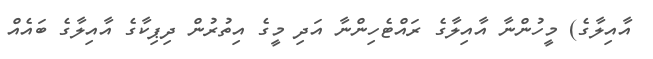
އާއިލާގެ) މީހުންނާ އާއިލާގެ ރައްޓެހިންނާ އަދި މީގެ އިތުރުން ދިޕިކާގެ އާއިލާގެ ބައެއް